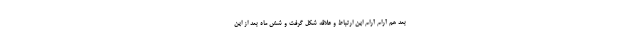
بعد هم آرام آرام این ارتباط و علاقه شکل گرفت و شش ماه بعد از این